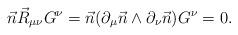
LaTeX: \begin{align*}\vec{n} \vec{R}_{\mu \nu} G^\nu=\vec{n} (\partial_\mu \vec{n} \wedge \partial_\nu\vec{n}) G^\nu=0.\end{align*}